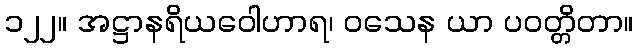
၁၂၂။ အဋ္ဌာနရိယဝေါဟာရ၊ ဝသေန ယာ ပဝတ္တိတာ။